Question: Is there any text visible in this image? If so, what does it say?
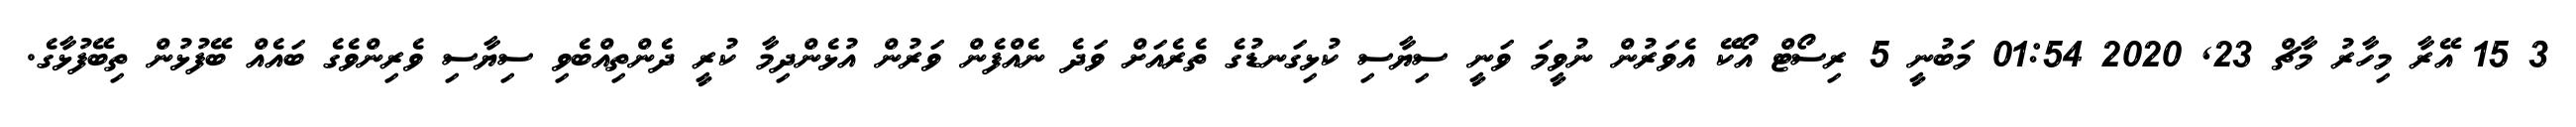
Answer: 3 15 އޭރާ މިހާރު މާޗް 23, 2020 01:54 މަބުނީ 5 ރިސޯޓް އޯކޭ އެވަރުން ނުވީމަ ވަނީ ސިޔާސި ކުޅިގަނޑުގެ ތެރެއަށް ވަދެ ނެއްފެން ވަރުން އުޅެންދިމާ ކުރީ ދެންތިއްބެވި ސިޔާސި ވެރިންވެގެ ބައެއް ބޭފުޅުން ތިބޭފުޅާގެ.